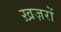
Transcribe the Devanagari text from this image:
ख़ज़रों